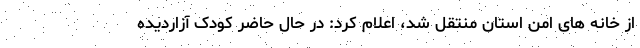
از خانه های امن استان منتقل شد، اعلام کرد: در حال حاضر کودک آزاردیده